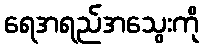
ရေအရည်အသွေးကို